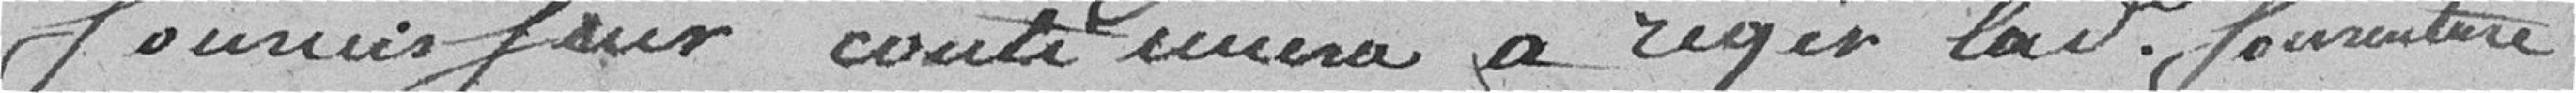
fournisseur continuer à régir ladite fourniture